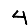
Digit: 4